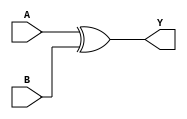
// 74x08 - Quad input XOR Gate.
module MOD_74x86_3 (
    input [0:2] A,
    input [0:2] B,
    output [0:2] Y);

assign Y = A ^ B;

endmodule

module MOD_74x86_3_SPLIT (
    input [0:2] A,
    input [0:2] B,
    output [0:2] Y);

assign Y[0] = A[0] ^ B[0];
assign Y[1] = A[1] ^ B[1];
assign Y[2] = A[2] ^ B[2];

endmodule